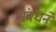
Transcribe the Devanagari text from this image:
संबंधने